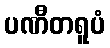
ပဏီတရူပံ